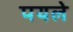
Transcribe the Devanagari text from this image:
पयले